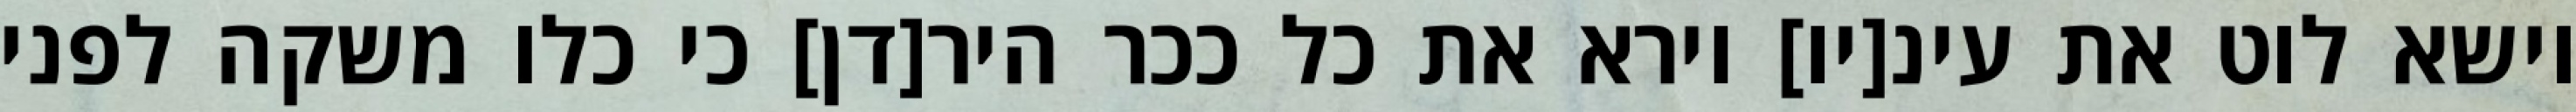
וישא לוט את עינ[יו] וירא את כל ככר היר[דן] כי כלו משקה לפני